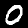
Label: 0